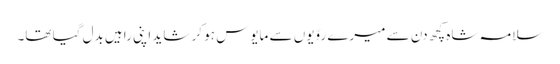
سلامہ شاہ کچھ دن سے میرے روّیوں سے مایوس ہو کر شاید اپنی راہیں بدل گیا تھا۔